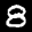
Label: 8